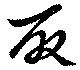
取